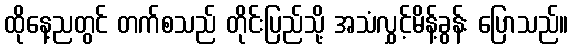
ထိုနေ့ညတွင် တက်စသည် တိုင်းပြည်သို့ အသံလွှင့်မိန့်ခွန်း ပြောသည်။